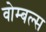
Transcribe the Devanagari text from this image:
वोम्बल्स